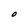
Character: O